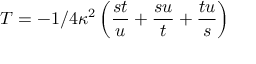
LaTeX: T = - 1 / 4 \kappa ^ { 2 } \left( \frac { s t } { u } + \frac { s u } { t } + \frac { t u } { s } \right)